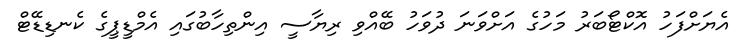
އެޔަށްފަހު އޮކްޓޯބަރު މަހުގެ އަށްވަނަ ދުވަހު ބޭއްވި ރިޔާސީ އިންތިހާބުގައި އެމްޑީޕީގެ ކެނޑިޑޭޓް